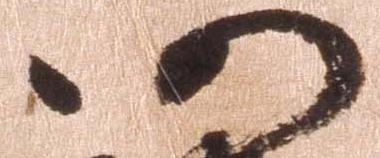
仍